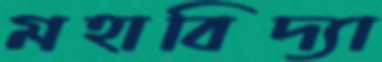
মহাবিদ্যা